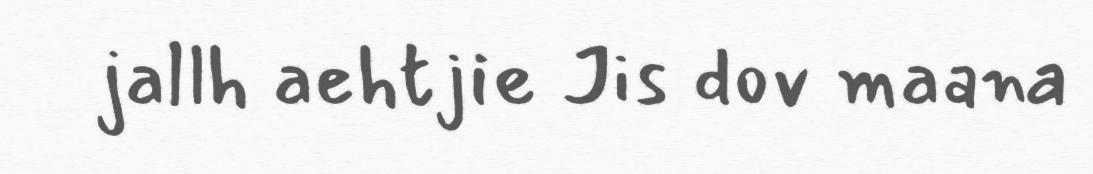
jallh aehtjie Jis dov maana